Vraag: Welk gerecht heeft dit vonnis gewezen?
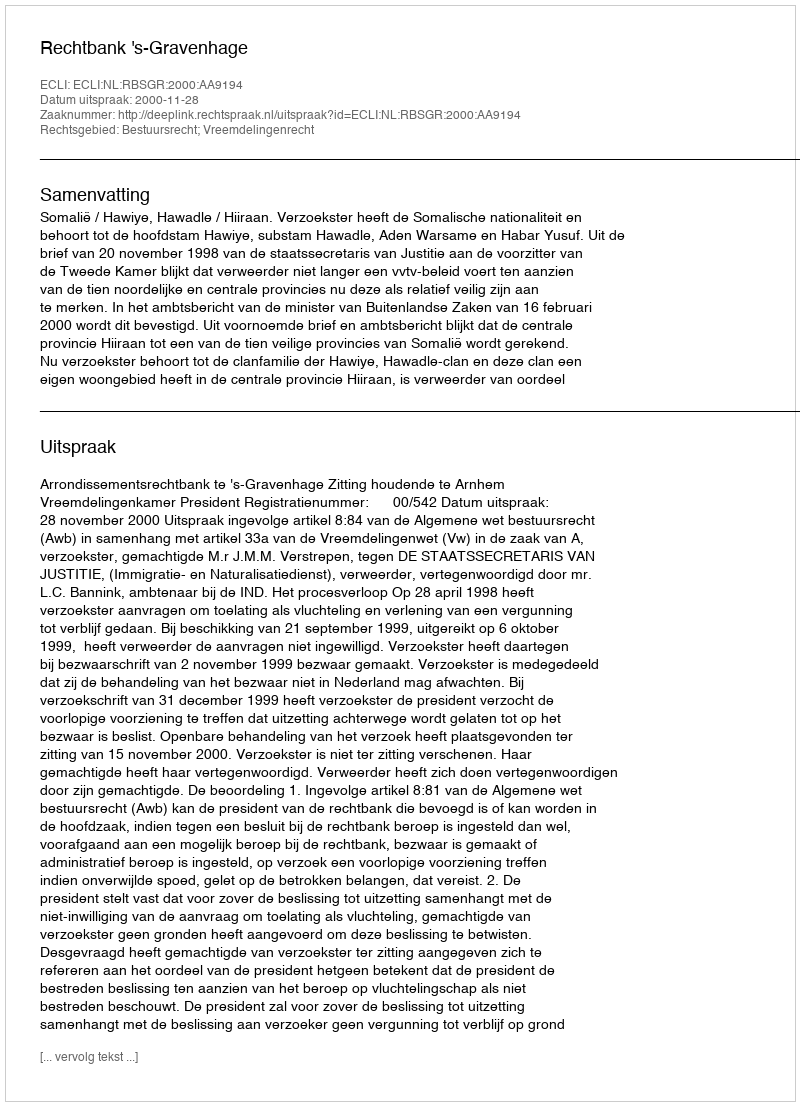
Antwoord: Rechtbank 's-Gravenhage